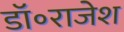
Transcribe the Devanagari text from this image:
डॉ॰राजेश